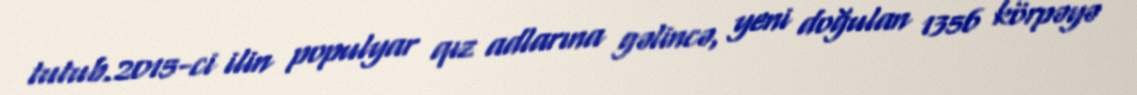
tutub.2015-ci ilin populyar qız adlarına gəlincə, yeni doğulan 1356 körpəyə